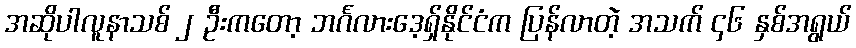
အဆိုပါလူနာသစ် ၂ ဦးကတော့ ဘင်္ဂလားဒေ့ရှ်နိုင်ငံက ပြန်လာတဲ့ အသက် ၄၆ နှစ်အရွယ်